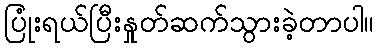
ပြုံးရယ်ပြီးနှုတ်ဆက်သွားခဲ့တာပါ။